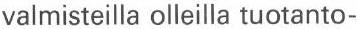
valmisteilla olleilla tuotanto-